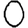
Digit: 0